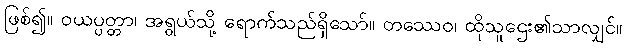
ဖြစ်၍။ ဝယပ္ပတ္တာ၊ အရွယ်သို့ ရောက်သည်ရှိသော်။ တဿေဝ၊ ထိုသူဌေး၏သာလျှင်။